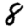
Digit: 8